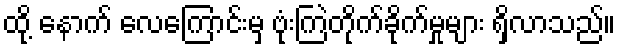
ထို့ နောက် လေကြောင်းမှ ဗုံးကြဲတိုက်ခိုက်မှုများ ရှိလာသည်။